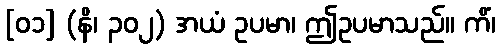
[၀၁] (နိ၊ ၃၀၂) အယံ ဥပမာ၊ ဤဥပမာသည်။ ကိံ၊